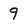
Character: 9